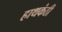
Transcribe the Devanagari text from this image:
हाथकंठी